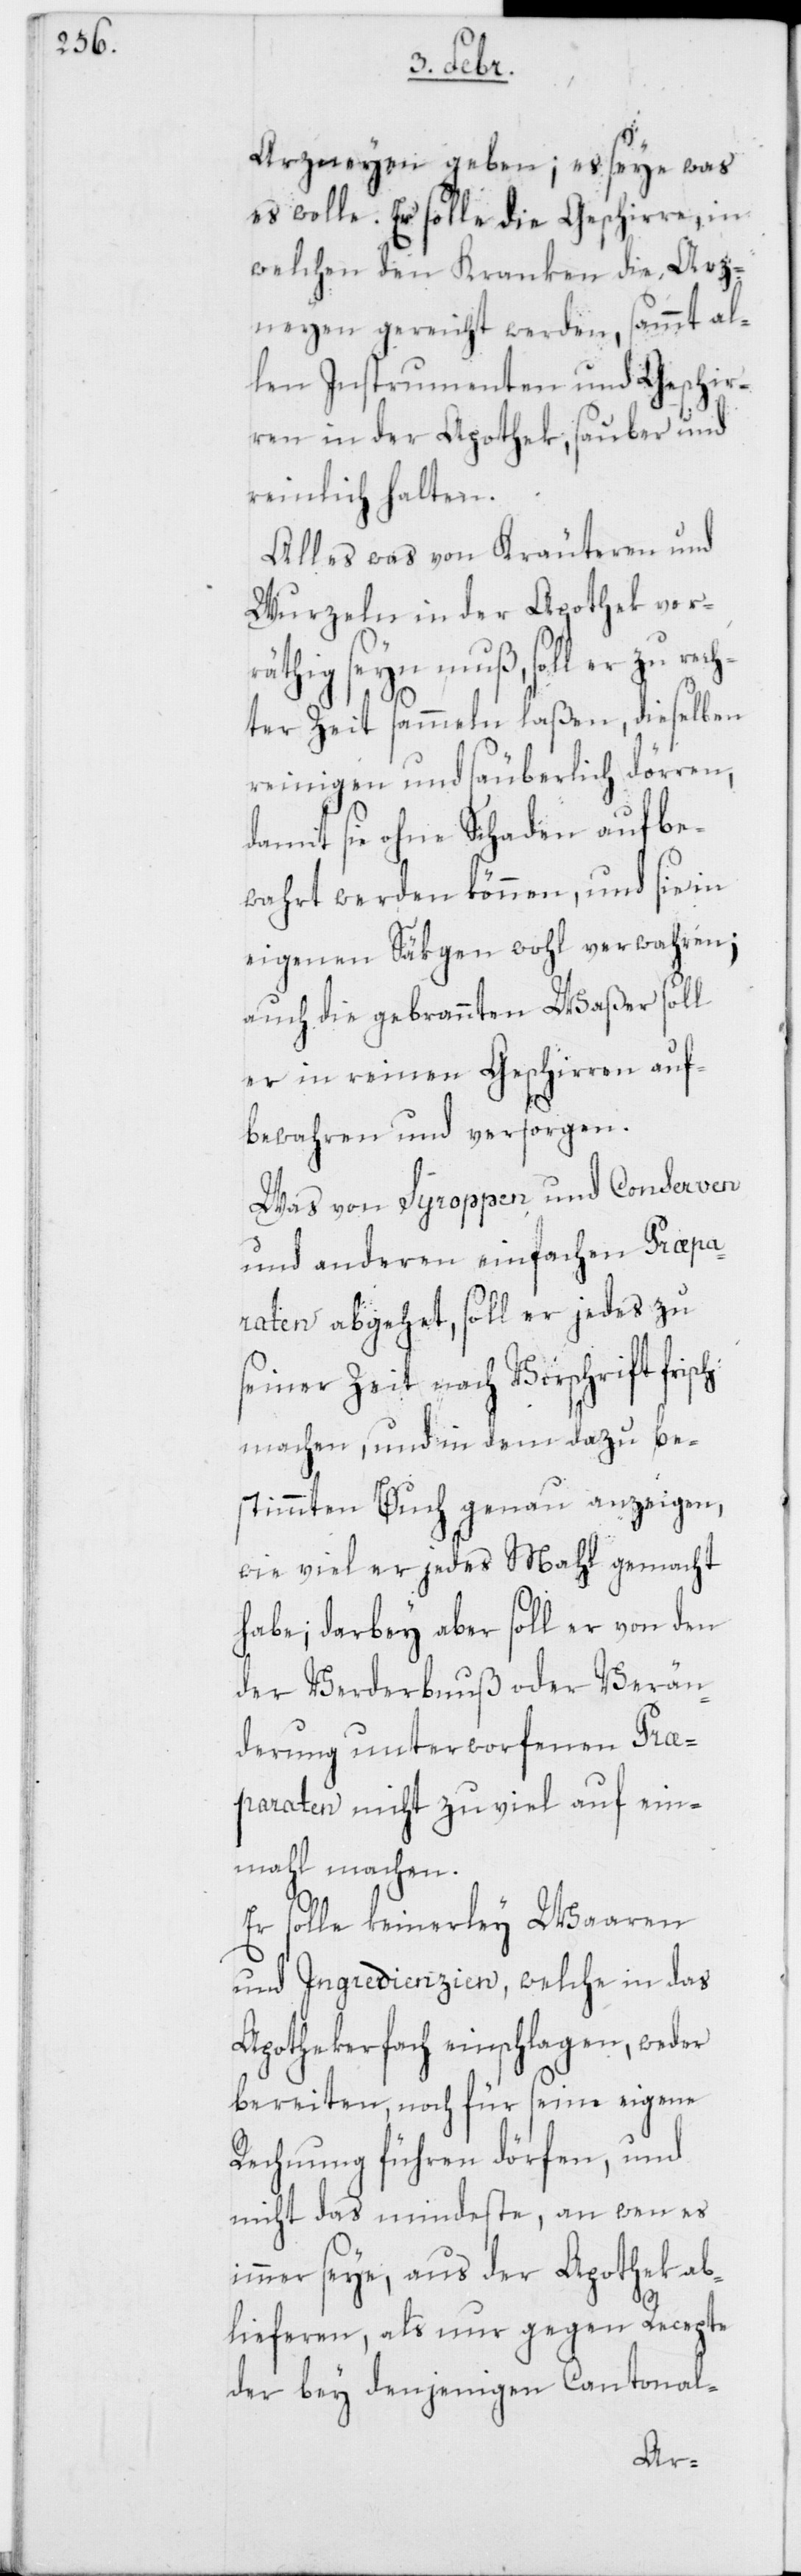
ch
Arzneyen geben; es seye was
es wolle. Er solle die Geschirre, in
welchen den Kranken die Arz¬
neyen gereicht werden, sammt al¬
len Instrumenten und Geschir¬
ren in der Apothek, sauber und
reinlich halten.
Alles was von Kräuteren und
Wurzeln in der Apothek vorr¬
äthig seyn muß, soll er zu
hter Zeit sammeln laßen, dieselben
reinigen und säuberlich dörren,
damit sie ohne Schaden aufbe¬
wahrt werden können, und sie in
eigenen Säken wohl verwahren;
auch die gebrannten Waßer soll
er in reinen Geschirren auf¬
bewahren und versorgen.
Was von Syroppen und Conserven
und anderen einfachen Praepa¬
raten abgehet, soll er jedes zu
seiner Zeit nach Vorschrift fris¬
machen, und in dem dazu be¬
stimmten Buch genau anzeigen,
wie viel er jedes Mahl gemacht
habe; darbey aber soll er von den
der Verderbnuß oder Verän¬
derung unterworfenen Prae¬
paraten nicht zu viel auf ein¬
mahl machen.
Er solle keinerley Waaren
oder Ingredienzien, welche in das
Apothekerfach einschlagen, weder
bereiten, noch für seine eigene
Rechnung führen dörfen, und
nicht das mindeste, an wen es
immer seye, aus der Apothek ab¬
lieferen, als nur gegen Recepte
der bey denjenigen Cantonal-